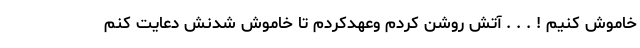
خاموش کنیم ! . . . آتش روشن کردم وعهدکردم تا خاموش شدنش دعایت کنم